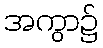
အကွာ၌